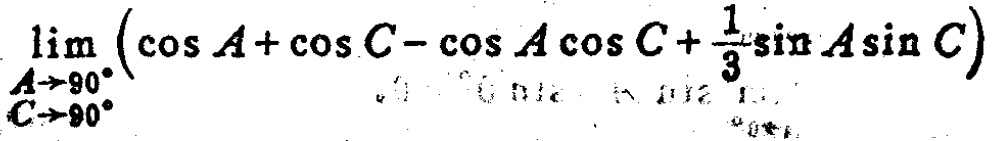
\(\lim_{\substack{A\rightarrow90^{\circ}\\C\rightarrow90^{\circ}}}\left(\cos A+\cos C-\cos A\cos C+\frac{1}{3}\sin A\sin C\right)\)